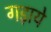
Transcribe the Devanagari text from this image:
गड़ाये